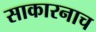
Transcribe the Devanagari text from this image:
साकारनाच